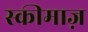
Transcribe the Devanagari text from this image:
स्कीमाज़